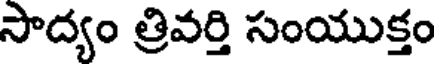
సాద్యం త్రివర్తి సంయుక్తం